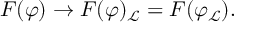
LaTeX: F ( \varphi ) \to F ( \varphi ) _ { \mathcal { L } } = F ( \varphi _ { \mathcal { L } } ) .